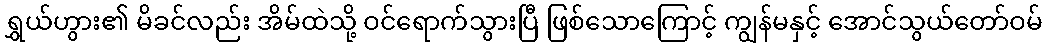
ရွှယ်ဟွား၏ မိခင်လည်း အိမ်ထဲသို့ ဝင်ရောက်သွားပြီ ဖြစ်သောကြောင့် ကျွန်မနှင့် အောင်သွယ်တော်ဝမ်